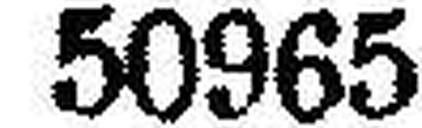
50965